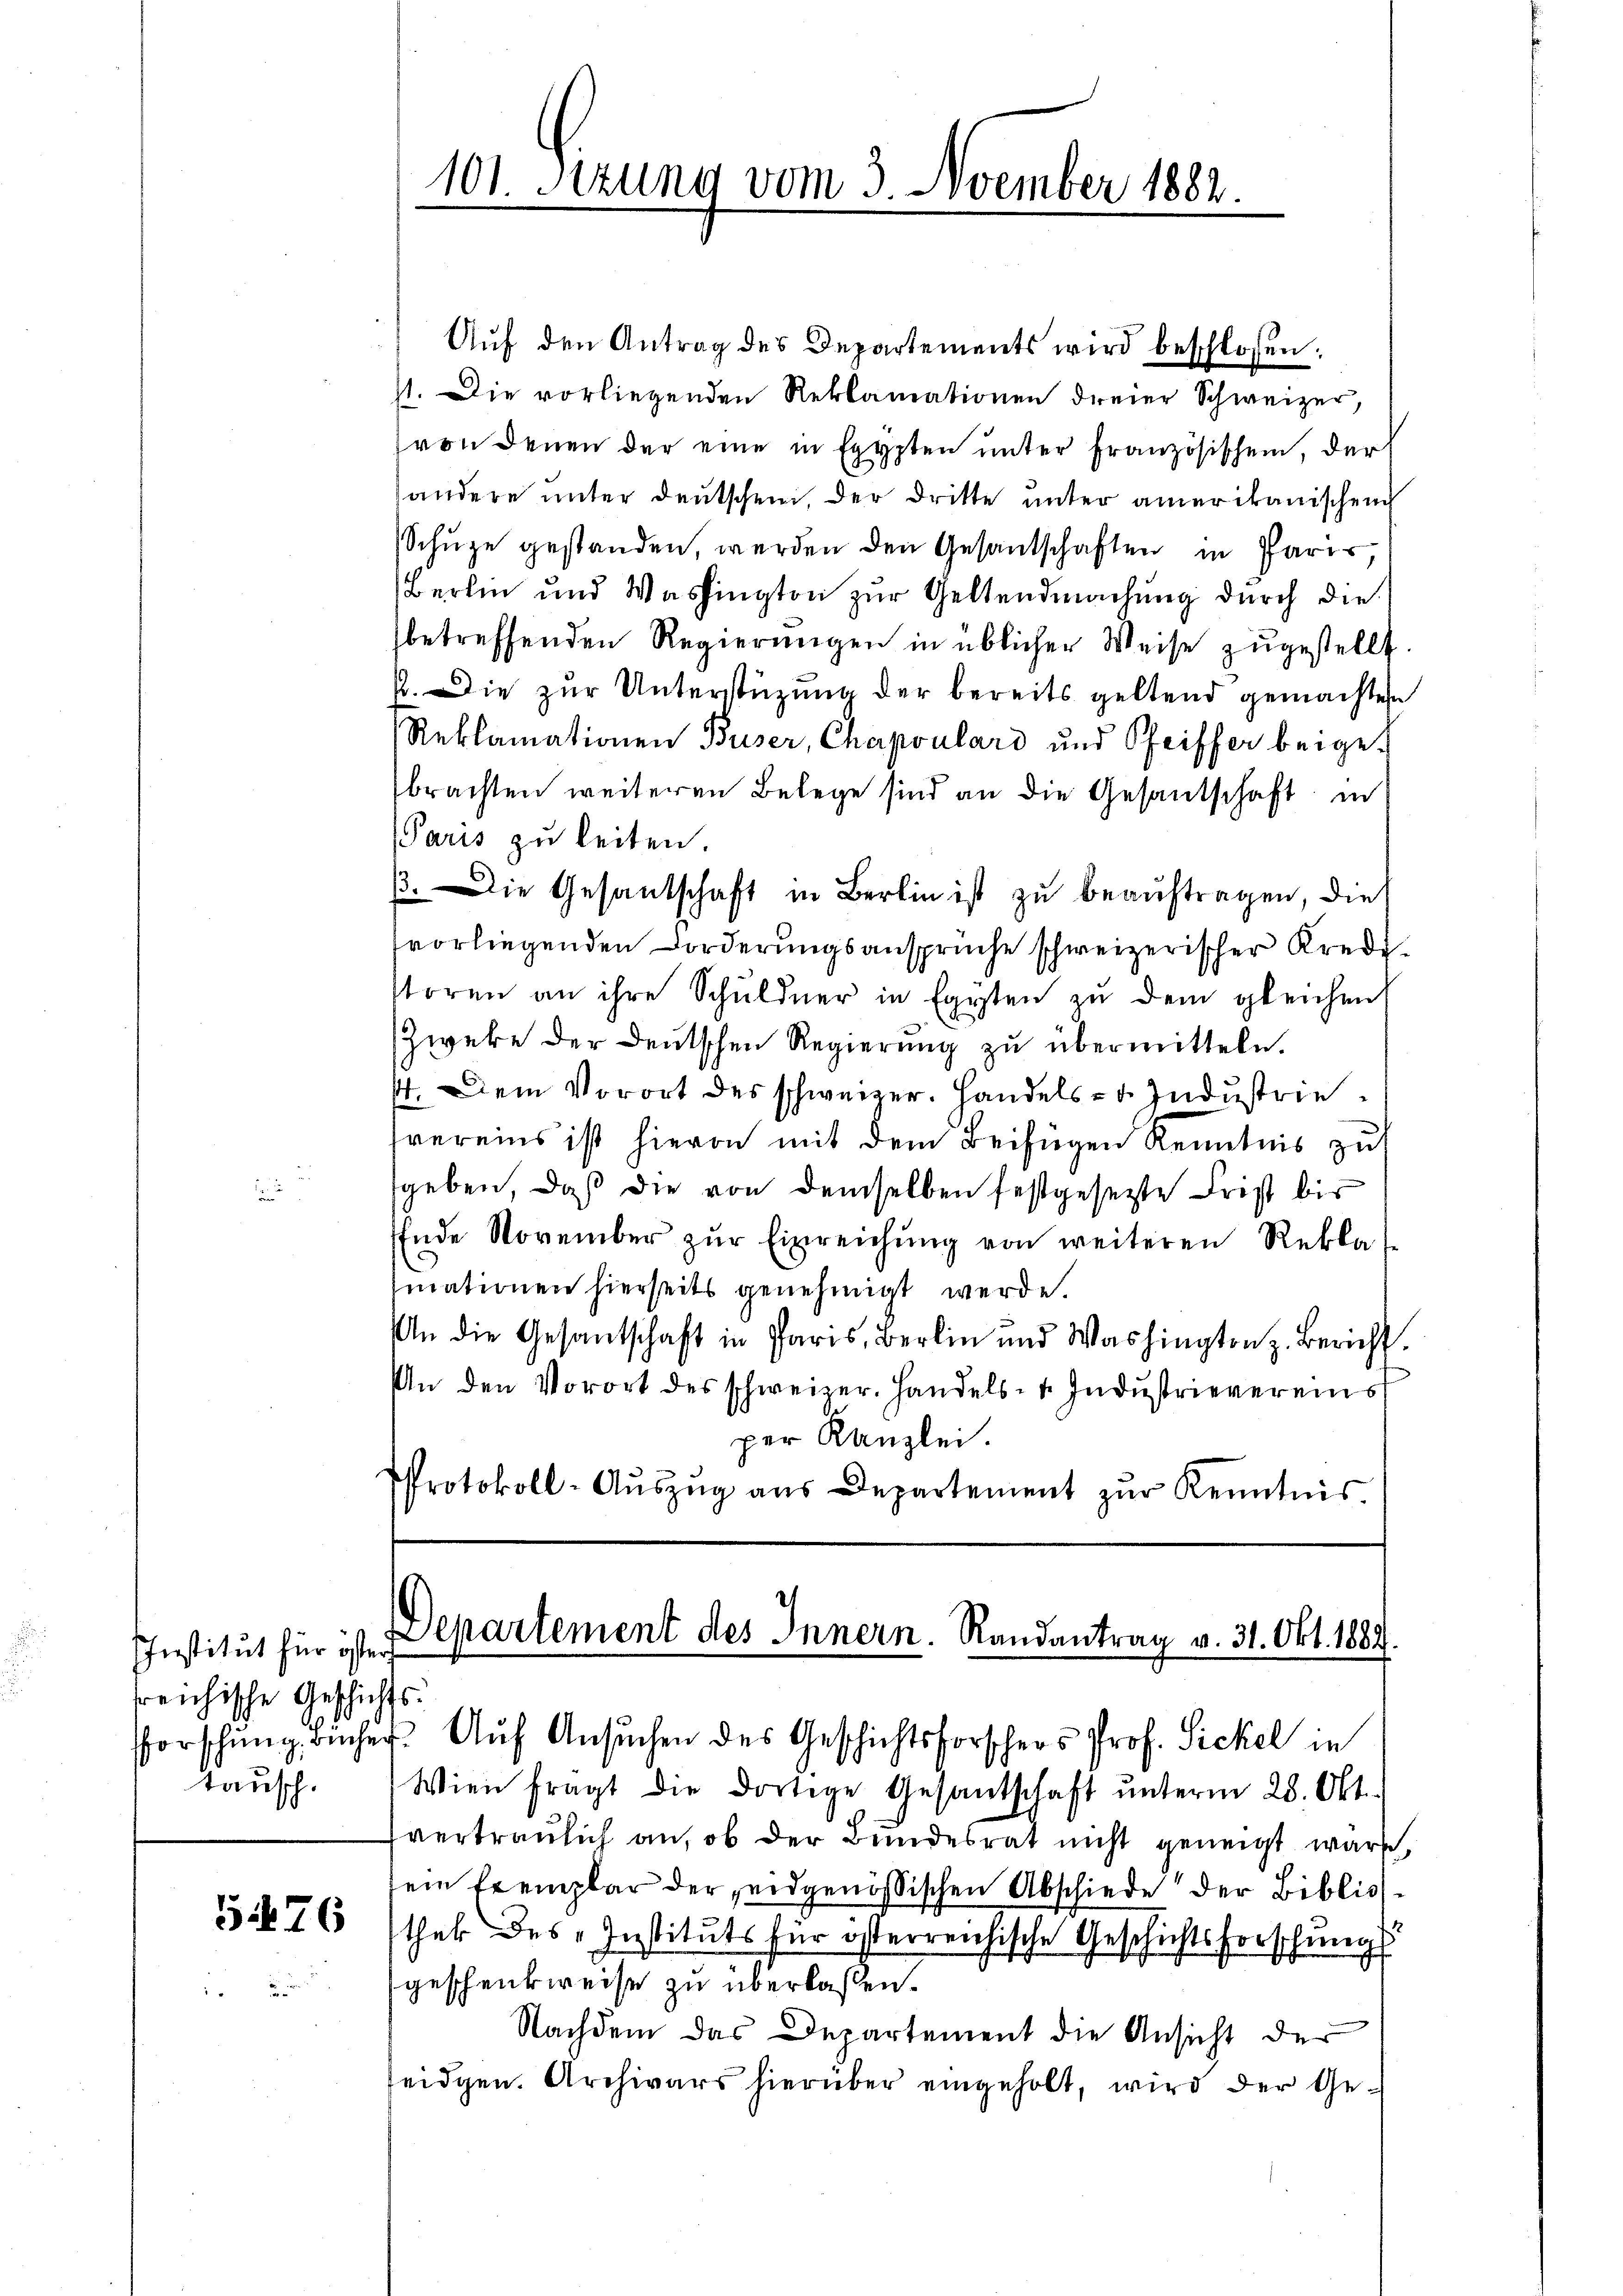
IInstitut für öster
reichische Geschichts.
Tausch.

5476

Auf den Antrag des Departements wird beschlossen:
71. Die vorliegenden Reklamationen dreier Schweizer,
von denen der eine in Egypten unter französischen, der
andere unter deutschen, der dritte unter amerikanischen
Schüge gestanden, werden den Gesandschaften in Paris,
Berlin und Washington zur Geltendmachung durch die
betreffenden Regierungen in üblicher Weise zugestellt.
. Die zur Unterstüzung der bereits geltend gemachten
Reklamationen Buser, Chapoulard und Pfeiffer beigebrachten weiteren Belege sind an die Gesandschaft in
Paris zu leiten.
ß. Die Gesandschaft in Berli ist zu beauftragen, die
fvorliegenden Forderungsansprüche schweizerischer Kreditoren an ihre Schuldner in Egypten zu dem gleichen
Zweke der Deutschen Regierung zu übermitteln.
4. Dem Vorort des schweizer. Handels- u. Industrievereins ist hievon mit dem Beifügen Kenntnis zu
geben, daß die von demselben festgesezte Frist bis
Ende November zŭr Einreichŭng von weiteren Rekla
fmationen hierseits genehmigt werde.
An die Gesantschaft in Paris, Berlin und Washington z. Bericht.
An den Vorort des schweizer. Handels- u. Indŭstrievereins
per Kanzlei.
Protokoll-Aŭszŭg aŭs Departement zŭr Kenntnis

101 Sizung vom 3. Avember 1882.

Departement des Innern. Randantrag v. 31. Okt. 1889.

Vorsching Bücher Auf Ansuchen des Geschichtsforschers Prof. Sickel in
Wien fragt die dortige Gesantschaft ŭnterm 28. Okt.
vertraulich an, ob der Bundesrat nicht geneigt wäre,
sein Exemplar der eidgenössischen Abschiede der Bibliothek des Instituts für österreichische Geschichtsforschung
geschenkweise zu überlaßen.
Nachdem das Departement die Ansicht der
teidgen. Archivars hierüber eingeholt, wird der Ge¬